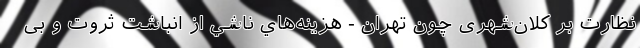
نظارت بر كلان‌شهری چون تهران - هزينه‌هاي ناشي از انباشت ثروت و بی